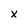
Character: X